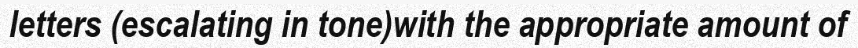
letters (escalating in tone)with the appropriate amount of